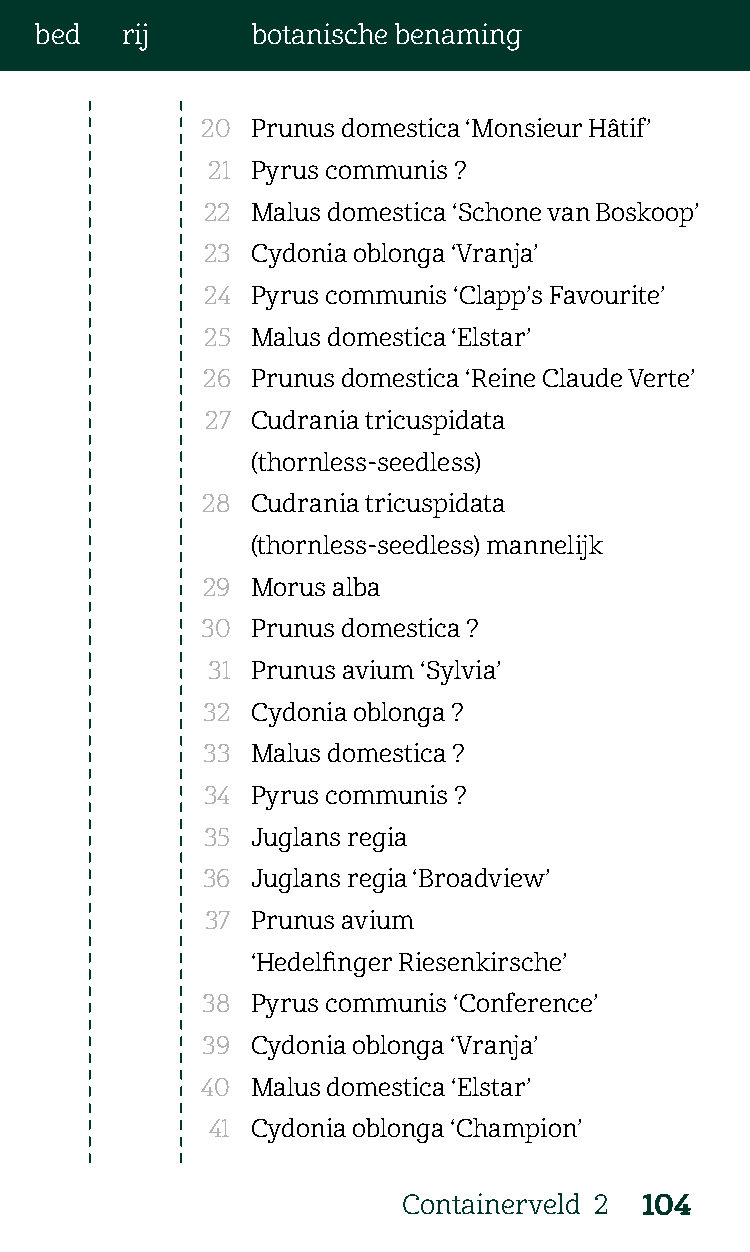
bed   rij      botanische benaming
 20  Prunus domestica ‘Monsieur Hâtif’
 21 Pyrus communis ?
 22  Malus domestica ‘Schone van Boskoop’
 23  Cydonia oblonga ‘Vranja’
 24 Pyrus communis ‘Clapp’s Favourite’
 25 Malus domestica ‘Elstar’
 26  Prunus domestica ‘Reine Claude Verte’
 27 Cudrania tricuspidata
 (thornless-seedless)
 28  Cudrania tricuspidata
 (thornless-seedless) mannelijk
 29  Morus alba
 30  Prunus domestica ?
 31 Prunus avium ‘Sylvia’
 32  Cydonia oblonga ?
 33  Malus domestica ?
 34  Pyrus communis ?
 35  Juglans regia
 36  Juglans regia ‘Broadview’
 37 Prunus avium
 ‘Hedelfinger Riesenkirsche’
 38  Pyrus communis ‘Conference’
 39  Cydonia oblonga ‘Vranja’
 40  Malus domestica ‘Elstar’
 41 Cydonia oblonga ‘Champion’
 Containerveld 2 104